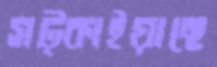
সট্‌কাইয়াছে